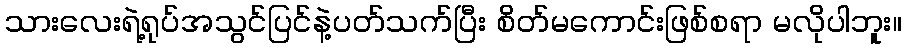
သားလေးရဲ့ရုပ်အသွင်ပြင်နဲ့ပတ်သက်ပြီး စိတ်မကောင်းဖြစ်စရာ မလိုပါဘူး။